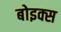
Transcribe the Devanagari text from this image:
बोइक्स